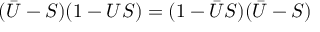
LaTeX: ( \bar { U } - S ) ( 1 - U S ) = ( 1 - \bar { U } S ) ( \bar { U } - S )